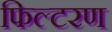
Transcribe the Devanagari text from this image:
फिल्टरण